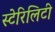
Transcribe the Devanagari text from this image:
स्टेरिलिटी